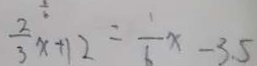
\frac { 2 } { 3 } x + 1 2 = \frac { 1 } { 1 } x - 3 . 5